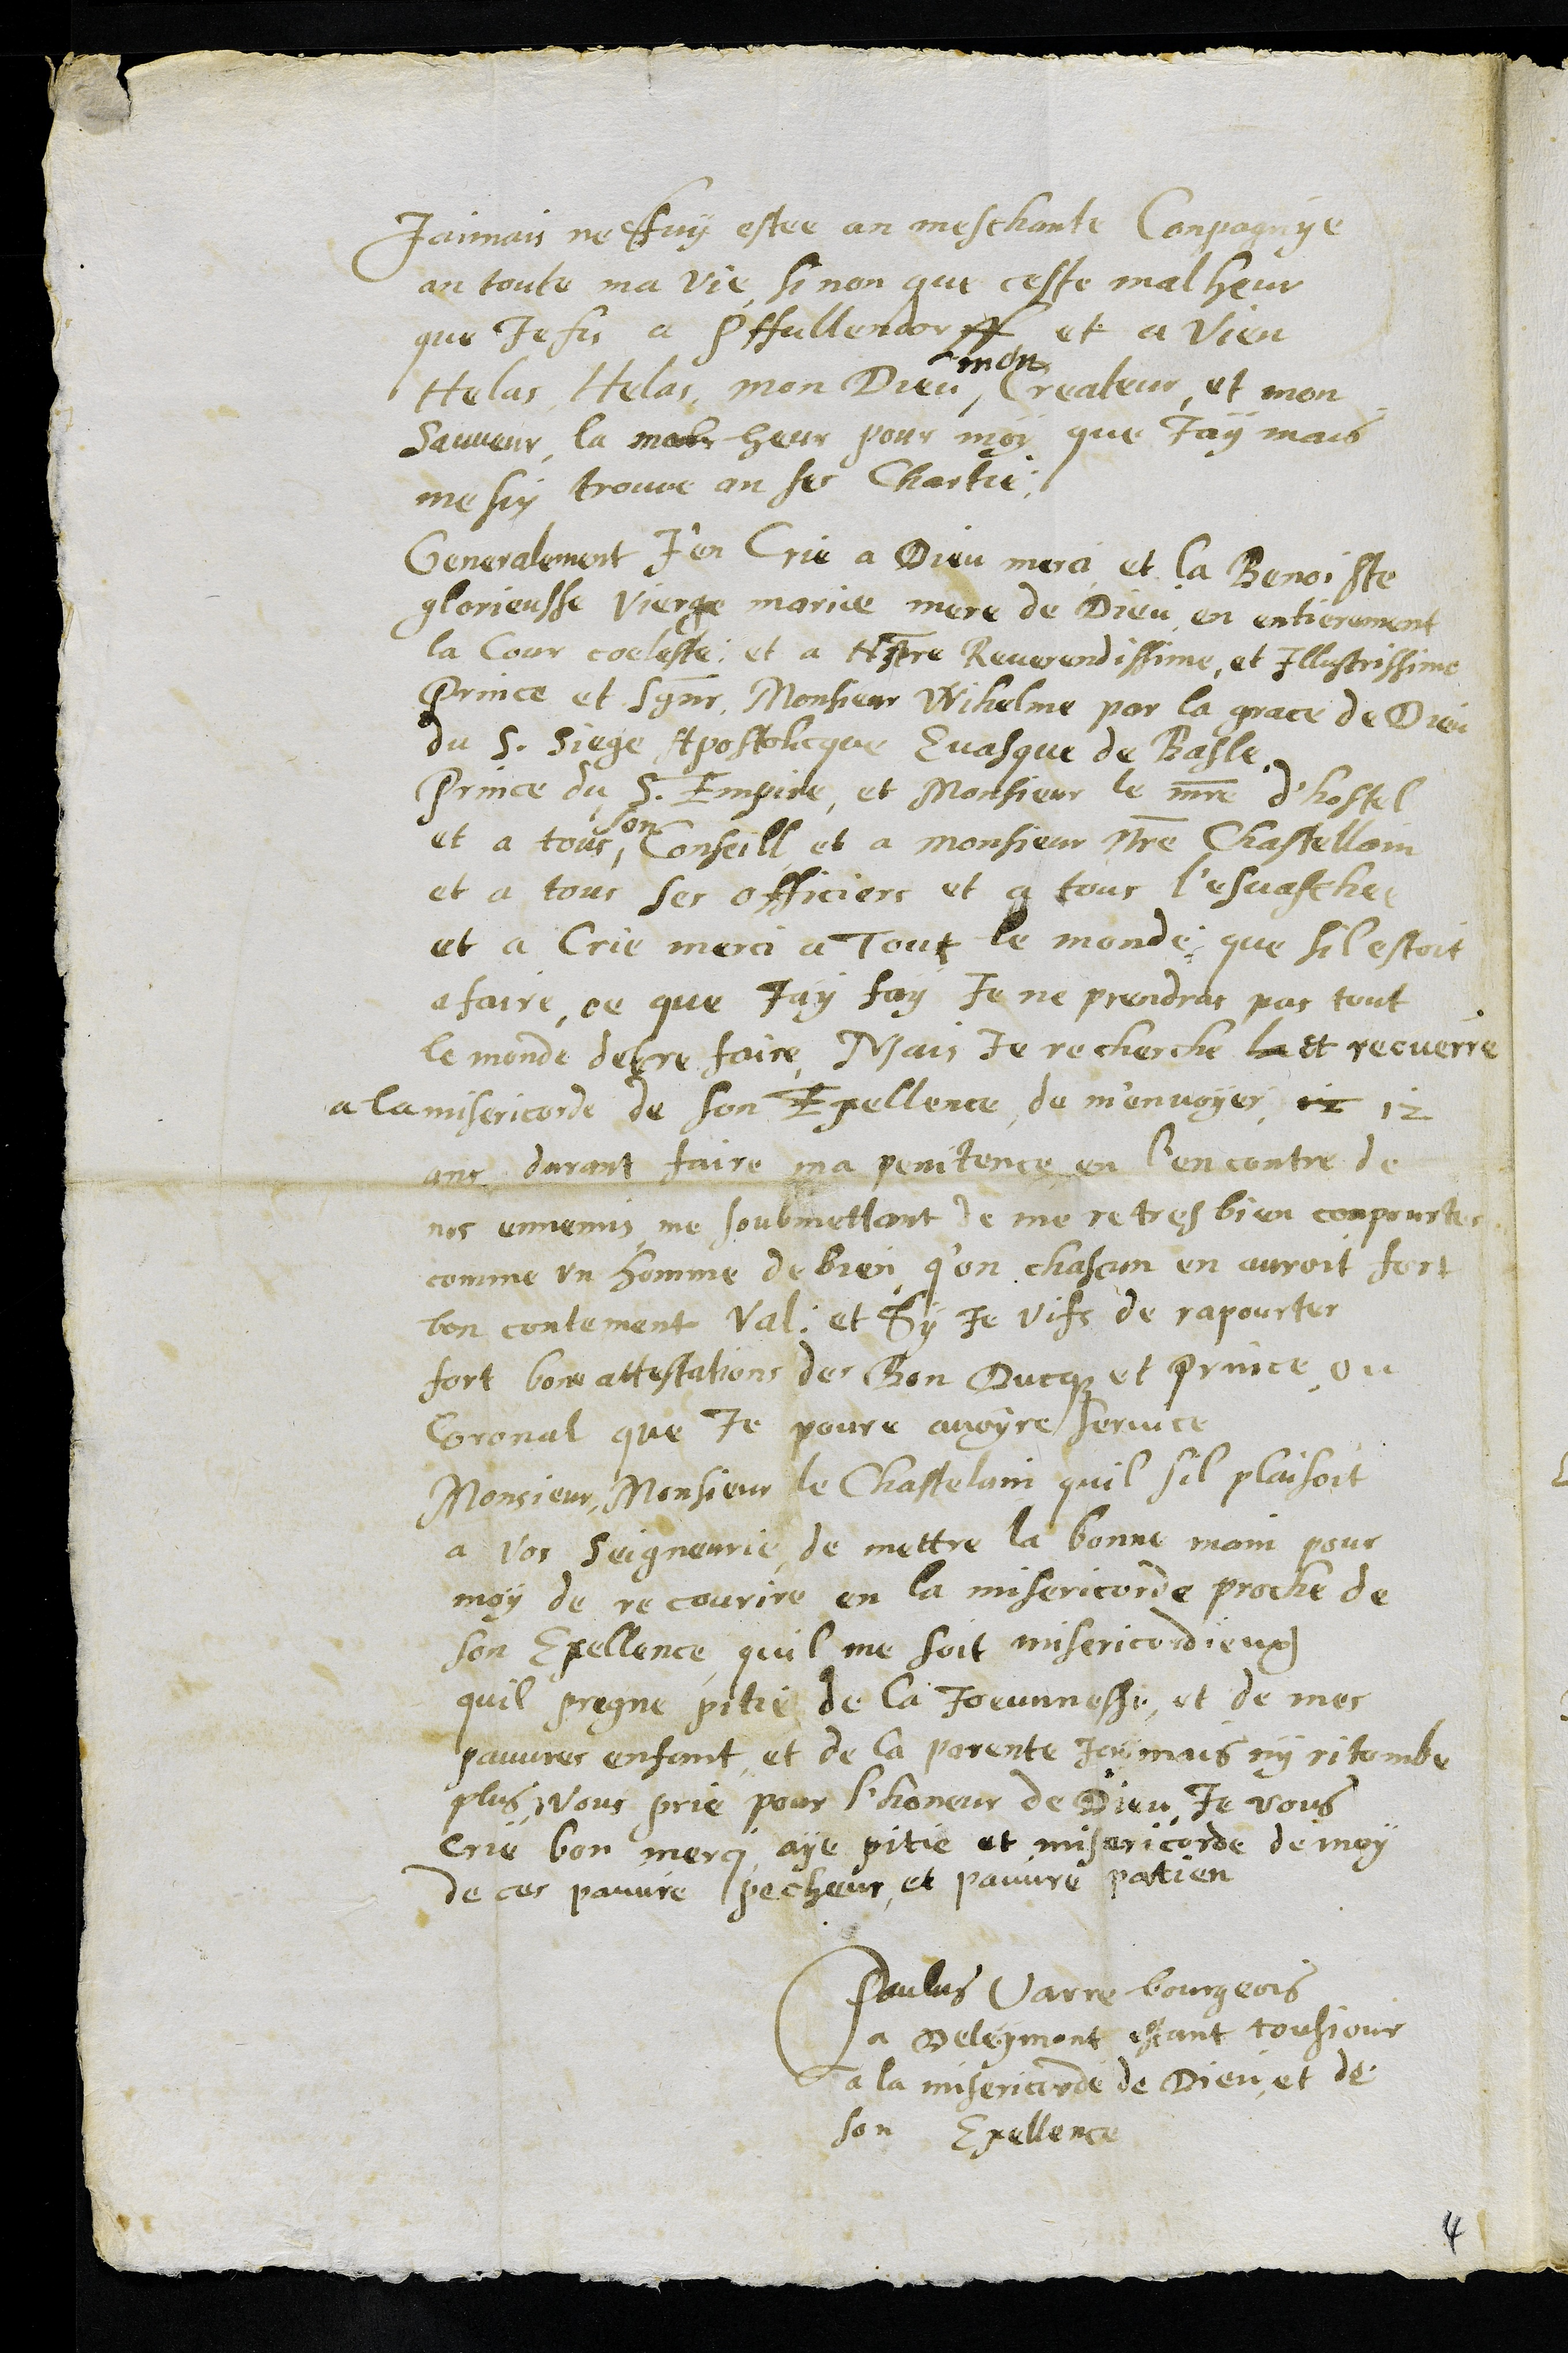
Jaimais ne fuy estee en meschante Conpagnye
an toute ma vie, si non que ceste malheur
que Je fis a Pfullendorff et a Vien
Helas Helas mon Dieu
mon
Createur, et mon
Sauveur la male heur pour moy que Jay mais
me fus trouve an ses Chartie
Generalement J'en crie a Dieu merci et la Benoiste
glorieusse Vierge mariae mere de Dieu en entierement
la Cour coeleste, et a Nostre Reverendissime et Illustrissime
Prince et Seigneur Monsieur Wihelme par la pace de Dieu
du S. Siege Apostlicque Evasque de Basle
Prince du S. Empire, et Monsieur le maitre d'hostel
et a tous
son
Conseill et a monsieur nostre Chastellain
et a tous ses officiers et a tous l'esvachee
et a crie merci a Tout le monde que sil estoit
a faire, ce que Jay fay Je ne prendras pas tout
le monde detre faire Mais Je recherche la et recuerre
a la misericorde de son Excellence de m'envoyer 12 12
ans durant faire ma penitence en l'encontre de
nos ennemis, me soubmettant de me retres bien compourter
comme un homme de bien q'un chascun en auroit fort
bon contement Val: et Sy Je vifs de rapourter
fort bone attestations des Bon Ducque et prince ou
Coronal que Je poure avoyre service
Monsieur, Monsieur le Chastelain quil sil plaisoit
a Vos Seigneurie de mettre la bonne main pour
moy de recourire en la misericorde proche de
son Excellence quil me soit misericordieux
quil pregne pitie de la Joeunnesse, et de mes
pauvres enfant, et de la parente jamais ny ritombe
plus vous prie pour l'honeur de Dieu Je vous
crie bon merci aye pitie et misericorde de moy
de ces pauvre pecheur, et pauvre patien
Paulus Varre bourgeois
a Deleymont estant tousjour
a la misericorde de Dieu et de
son Exellence
4